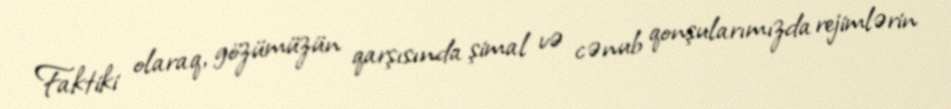
Faktiki olaraq, gözümüzün qarşısında şimal və cənub qonşularımızda rejimlərin